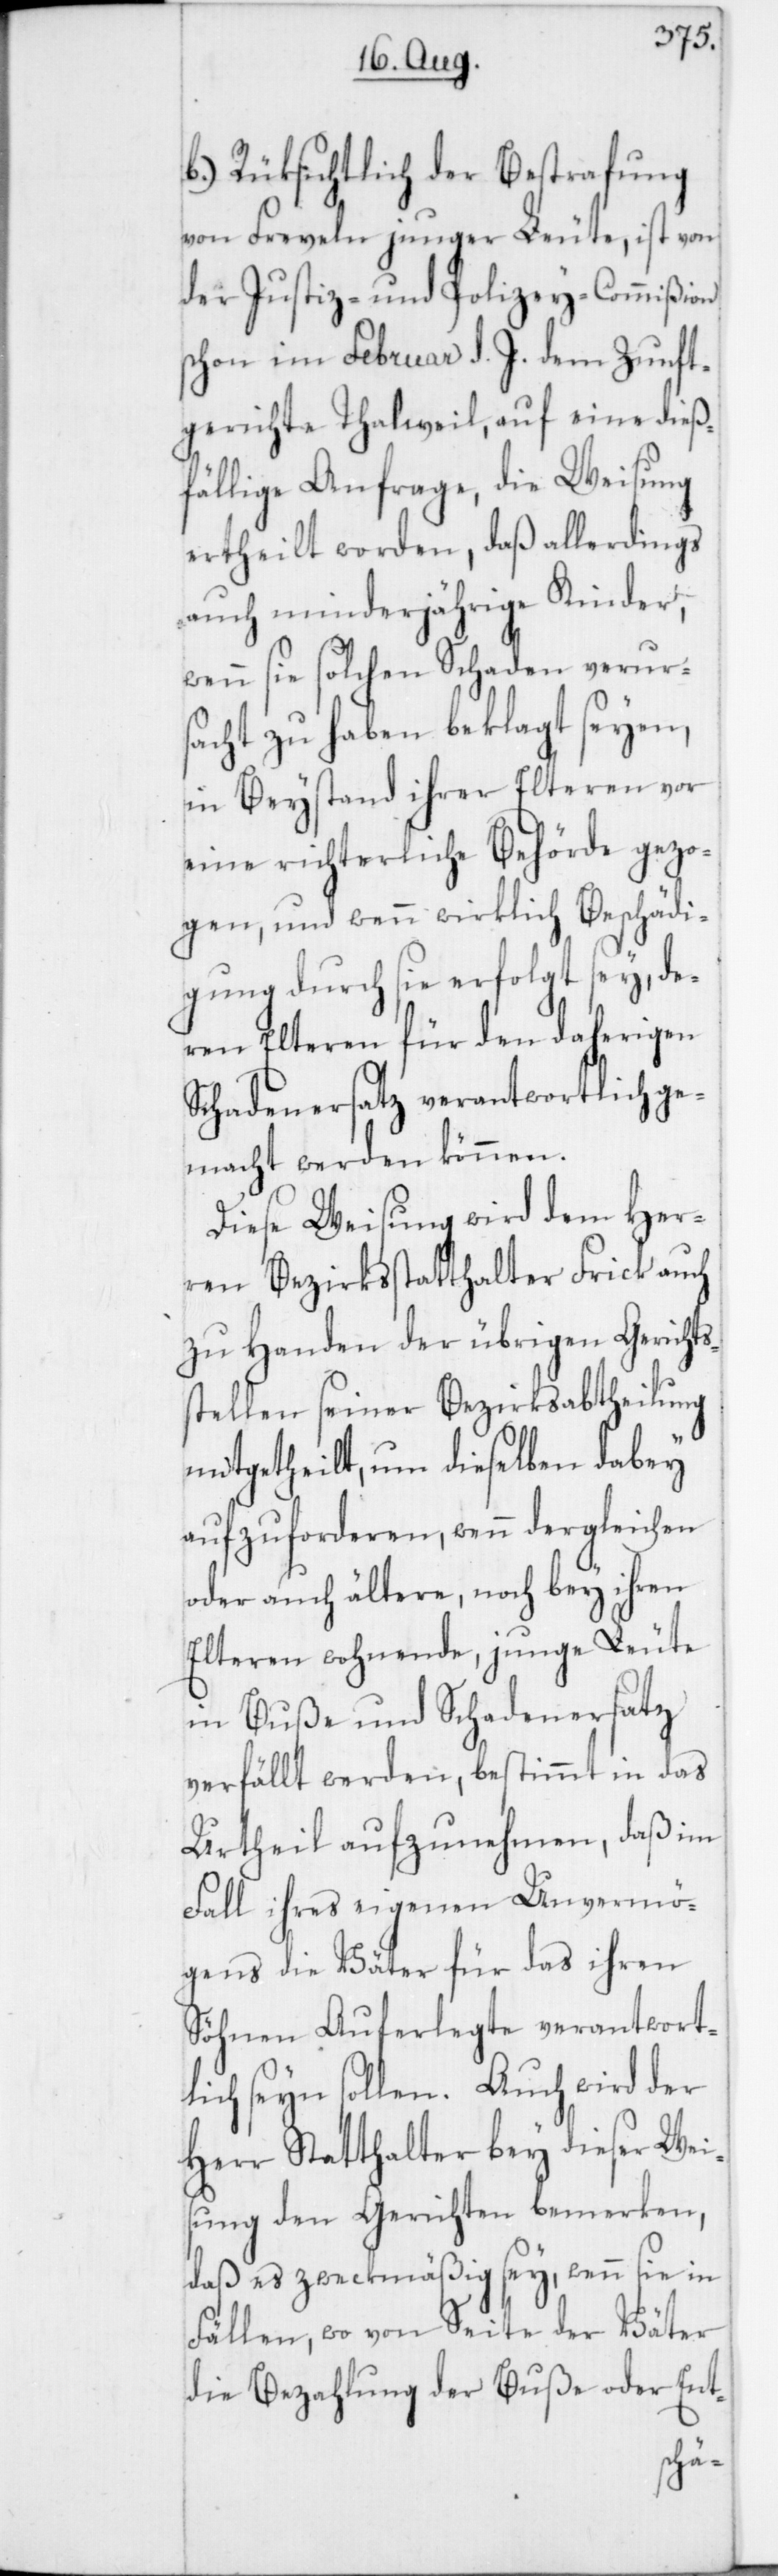
b) Rüksichtlich der Bestrafung
von Freveln junger Leute, ist von
der Justiz- und Polizey-Commißion
schon im Februar d. J. dem Zunft¬
gerichte Thalweil auf eine dieß¬
fällige Anfrage, die Weisung
ertheilt worden, daß allerdings
auch minderjährige Kinder,
wenn sie solchen Schaden verur¬
sacht zu haben beklagt seyen,
in Beystand ihrer Elteren vor
eine richterliche Behörde gezo¬
gen, und wenn wirklich Beschädi¬
gung durch sie erfolgt sey, de¬
ren Elteren für den daherigen
Schadenersatz verantwortlich ge¬
macht werden können.
Diese Weisung wird dem Her¬
ren Bezirksstatthalter Frick auch
zu Handen der übrigen Gericht¬
tellen seiner Bezirksabtheilung
mitgetheilt, um dieselben dabey
aufzuforderen, wenn dergleichen
oder auch ältere, noch bey ihren
Elteren wohnende junge Leute
in Buße und Schadenersatz
verfällt werden, bestimmt in das
Urtheil aufzunehmen, daß im
Fall ihres eigenen Unvermö¬
gens die Väter für das ihren
Söhnen Auferlegte verwantwort¬
lich seyn sollen. Auch wird der
Herr Statthalter bey dieser Weis¬
ung den Gerichten bemerken,
daß es zweckmäßig sey, wenn sie in
Fällen, wo von Seite der Väter
die Bezahlung der Buße oder Ent-
ss¬